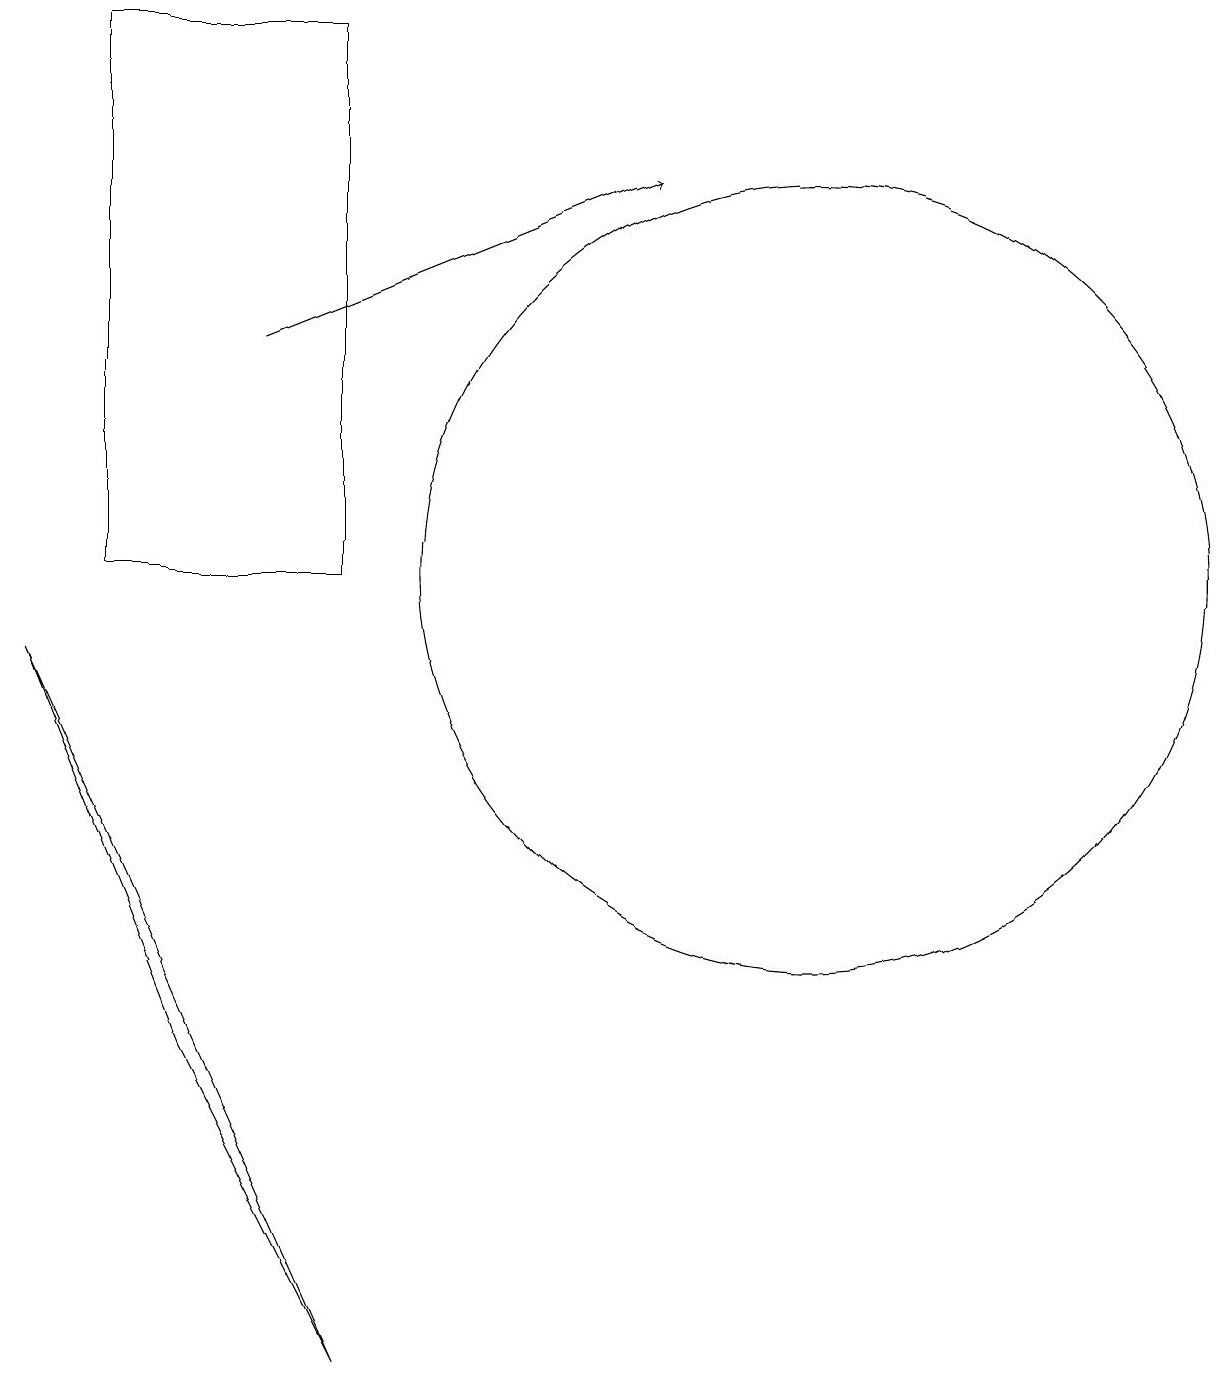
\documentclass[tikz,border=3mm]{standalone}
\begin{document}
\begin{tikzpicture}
\draw (2,17) rectangle (5,10);
\draw[->] (4,13) -- (9,15);
\draw (11,10) circle (5);
\draw (3,4) -- (1,9) -- (5,0) -- cycle;
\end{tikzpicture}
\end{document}